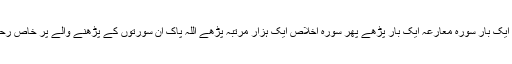
سورہ حٰم ایک بار سورہ دخان ایک بار سورہ معارعہ ایک بار پڑھے پھر سورہ اخلاص ایک ہزار مرتبہ پڑھے اللہ پاک ان سورتوں کے پڑھنے والے پر خاص رحمت و برکت عطا فرمائے گا۔